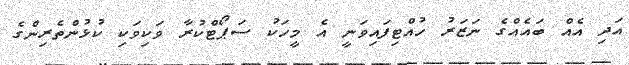
އަދި އެއް ބައެއްގެ ނަޒަރު ހުއްޓިފައިވަނީ އެ މީހަކު ސަޕޯޓްކުރާ ވަކިވަކި ކުޅުންތެރިންގެ